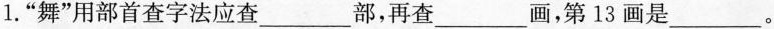
1.“舞”用部首查字法应查___部，再查___画，第13画是___。